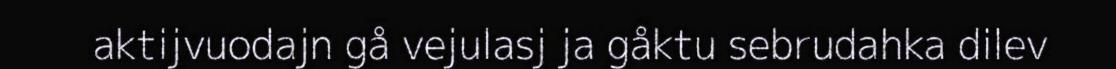
aktijvuodajn gå vejulasj ja gåktu sebrudahka dilev